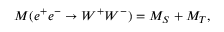
{ \cal M } ( e ^ { + } e ^ { - } \rightarrow W ^ { + } W ^ { - } ) = { \cal M } _ { S } + { \cal M } _ { T } ,